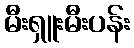
မီးရှူးမီးပန်း